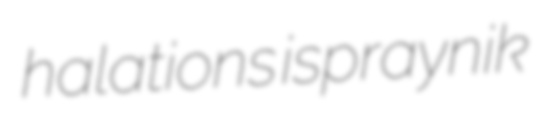
halations ispraynik